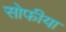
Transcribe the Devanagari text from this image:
सोफीया